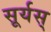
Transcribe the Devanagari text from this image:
सूर्यस्